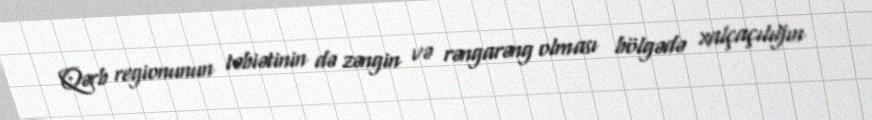
Qərb regionunun təbiətinin də zəngin və rəngarəng olması bölgədə xalçaçılığın